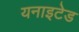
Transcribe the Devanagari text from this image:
यनाइटेड